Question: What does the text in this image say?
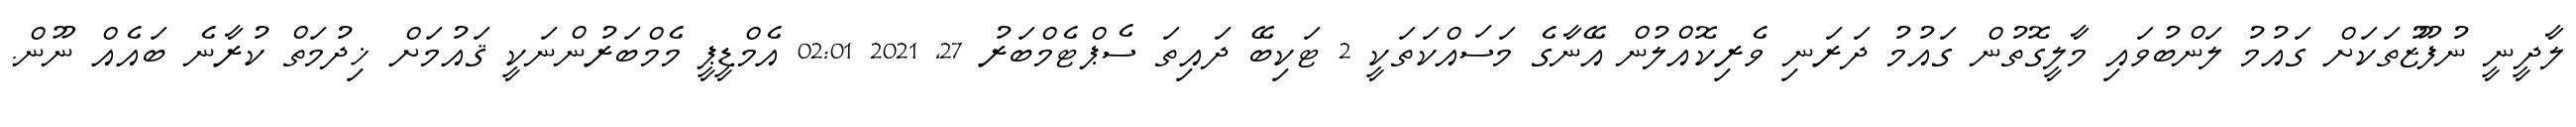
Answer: ލާދީނީ ނުފޫޒުތަކަށް ގައުމު ލަންބުވައި މާލީގޮތުން ގައުމު ދަރަނި ވެރިކޮއްލުން އޭނާގެ މަސައްކަތަކީ 2 ޓަކިބޭ ދައިތަ ސެޕްޓެމްބަރު 27, 2021 02:01 އެމްޑީޕީ މެމްބަރުންނަކީ ޤައުމަށް ޚިދުމަތް ކުރާނެ ބައެއް ނޫން.